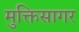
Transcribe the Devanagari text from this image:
मुक्तिसागर